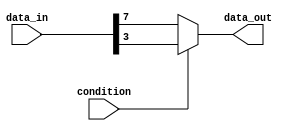
module bit_select_assign(
    input wire [7:0] data_in,
    input wire condition,
    output reg data_out
);

always @(*) begin
    if (condition) begin
        data_out = data_in[3]; // Selecting bit 3
    end else begin
        data_out = data_in[7]; // Selecting bit 7
    end
end

endmodule